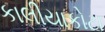
કાલીયાકોટા